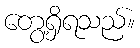
တွေ့ရှိရသည်။